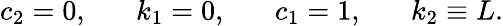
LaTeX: c_{2}=0,\; \; \; \; \; \; k_{1}=0,\; \; \; \; \; \; c_{1}=1,\; \; \; \; \; \; k_{2}\equiv L.